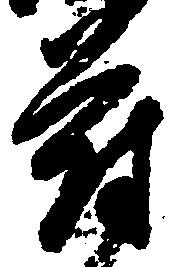
府